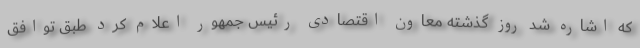
که اشاره شد روز گذشته معاون اقتصادی رئیس جمهور اعلام کرد طبق توافق